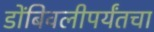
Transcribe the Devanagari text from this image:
डोंबिवलीपर्यंतचा